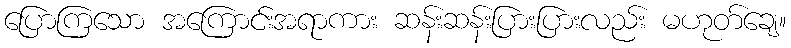
ပြောကြသော အကြောင်းအရာကား ဆန်းဆန်းပြားပြားလည်း မဟုတ်ချေ။